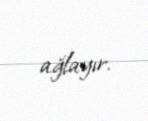
ağlayır.